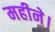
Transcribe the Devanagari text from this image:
महीने।